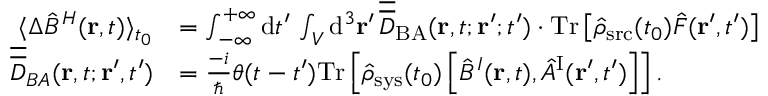
\begin{array} { r l } { \langle \Delta \hat { B } ^ { H } ( { \bf r } , t ) \rangle _ { t _ { 0 } } } & { = \int _ { - \infty } ^ { + \infty } \mathrm { d } t ^ { \prime } \, \int _ { \cal V } \mathrm { d } ^ { 3 } { \bf r } ^ { \prime } \, \overline { { \overline { { D } } } } _ { \mathrm { B A } } ( { \bf r } , t ; { \bf r } ^ { \prime } ; t ^ { \prime } ) \cdot \mathrm { T r } \left[ \hat { \rho } _ { \mathrm { s r c } } ( t _ { 0 } ) \hat { F } ( { \bf r } ^ { \prime } , t ^ { \prime } ) \right] } \\ { \overline { { \overline { { D } } } } _ { B A } ( { \bf r } , t ; { \bf r } ^ { \prime } , t ^ { \prime } ) } & { = \frac { - i } { \hbar } \theta ( t - t ^ { \prime } ) \mathrm { T r } \left[ \hat { \rho } _ { \mathrm { s y s } } ( t _ { 0 } ) \left[ \hat { B } ^ { I } ( { \bf r } , t ) , \hat { A } ^ { \mathrm { I } } ( { \bf r } ^ { \prime } , t ^ { \prime } ) \right] \right] . } \end{array}